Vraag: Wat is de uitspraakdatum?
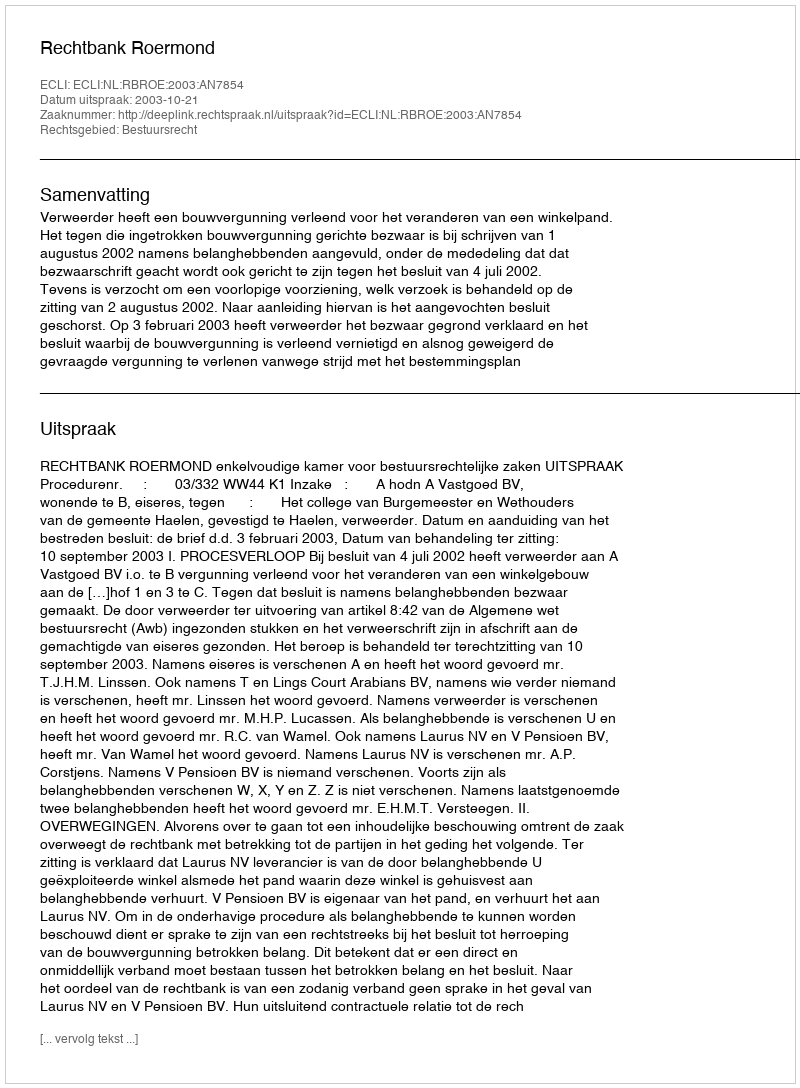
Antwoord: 2003-10-21